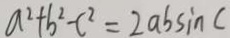
a ^ { 2 } + b ^ { 2 } - c ^ { 2 } = 2 a b \sin c